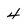
Character: 4